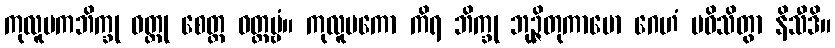
ကုလူပကဘိက္ခု ဝတ္ထု စေတ္ထ ဝတ္တဗ္ဗံ။ ကုလူပကော ကိရ ဘိက္ခု ဘုဉ္ဇိတုကာမော ဂေဟံ ပဝိသိတွာ နိသီဒိ။